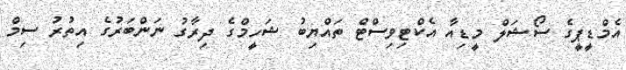
އެމްޑީޕީގެ ސޯޝަލް މީޑިއާ އެކްޓިވިސްޓް ތައްޔިބު ޝަހީމްގެ ދިރާގު ނަންބަރުގެ އިތުރު ސިމް